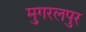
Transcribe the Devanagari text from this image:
मुगरलपुर